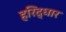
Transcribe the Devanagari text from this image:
हरिद्धार